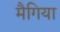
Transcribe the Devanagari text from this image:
मैगिया